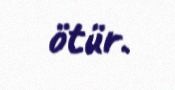
ötür.